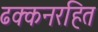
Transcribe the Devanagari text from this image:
ढक्कनरहित